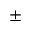
\pm